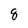
Character: 8